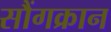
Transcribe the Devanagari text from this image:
सौंगक्रान